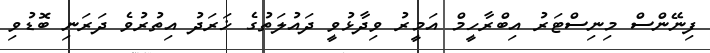
ފިނޭންސް މިނިސްޓަރު އިބްރާހީމް އަމީރު ވިދާޅުވީ ދައުލަތުގެ ޚަރަދު އިތުރުވެ ދަރަނި ބޮޑުވި